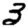
Digit: 3